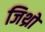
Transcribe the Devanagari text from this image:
जिथ्रो